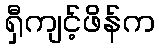
ရှီကျင့်ဖိန်က